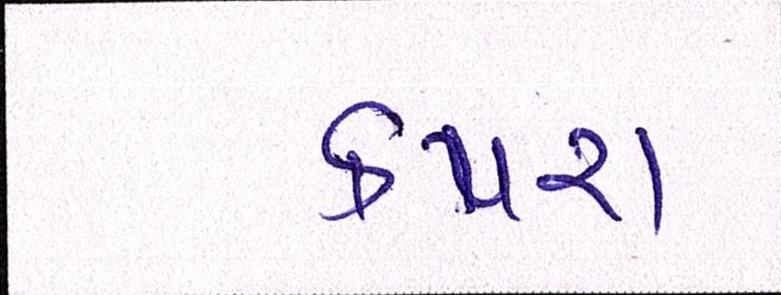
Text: કપરા